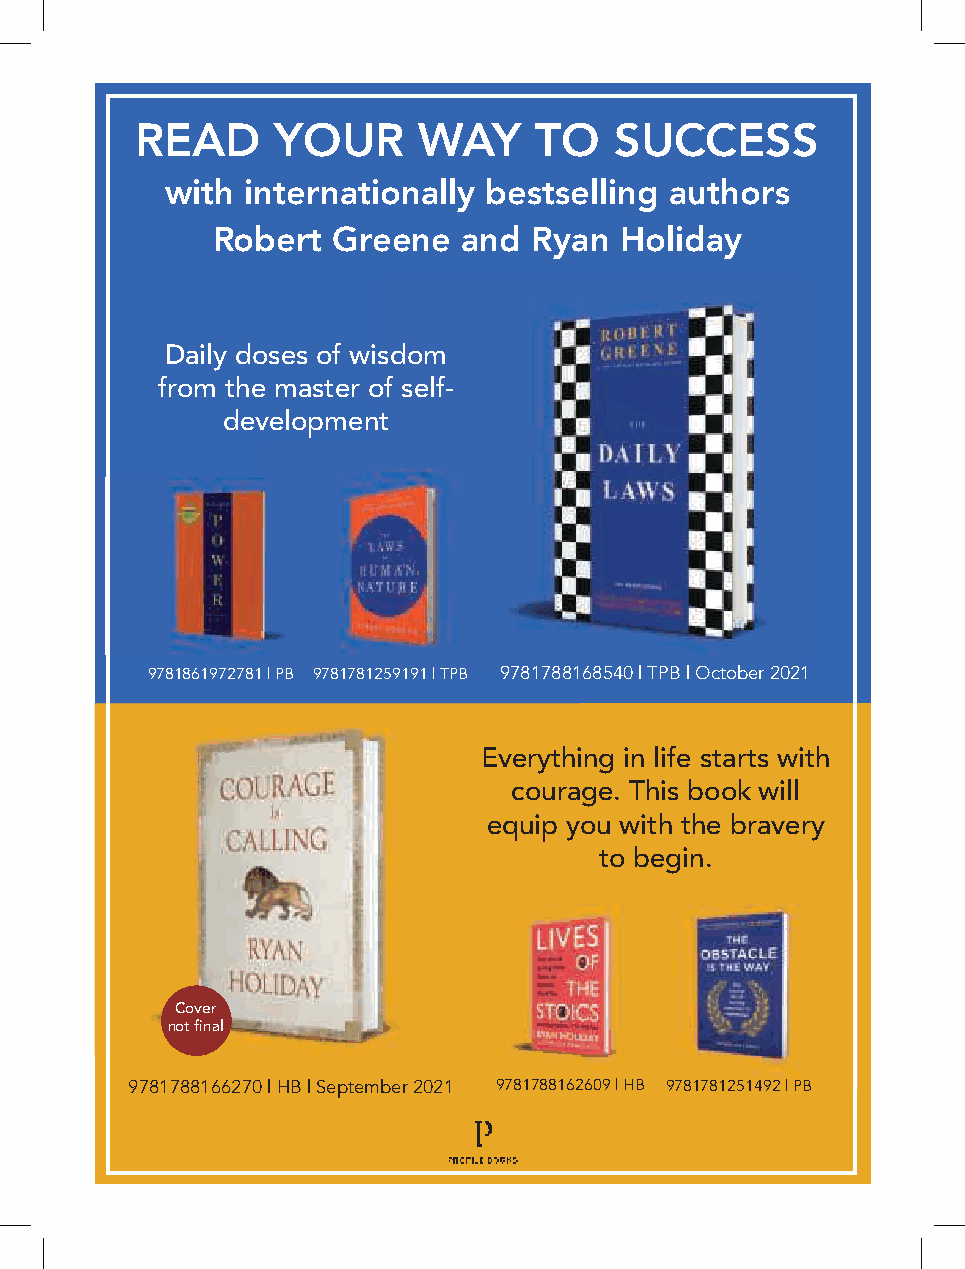
READ     YOUR      WAY    TO    SUCCESS
 with internationally bestselling authors
 Robert  Greene   and Ryan  Holiday
 Daily doses of wisdom
 from the master of self-
 development
 9781861972781 | PB 9781781259191 | TPB 99778811778888116688554400 || TTPPBB || OOccttoobbeerr 22002211
 Everything in life starts with
 courage. This book will
 equip you with the bravery
 to begin.
 Cover
 not final
 9781788166270 | HB | September 2021 9781788162609 | HB 9781781251492 | PB